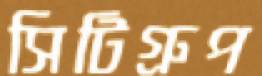
সিটিগ্রুপ